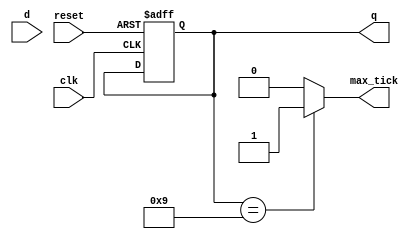
module mod_m_counter
	#(
	parameter N=4,
	parameter M=10
	)
	(
	input wire clk,reset,
	input wire [N-1:0] d,
	output wire [N-1:0] q,
	output wire max_tick
	);
	
	/* SIGNAL DECLARATIONS */
	reg [N-1:0] r_reg;
	wire [N-1:0] r_next;
	
	/*				 Body Begin			 */
	
	// Register
	always @ (posedge clk, posedge reset)
	begin
	if (reset)
		r_reg <= 0;
	else
		r_reg <= r_reg;
	end		
	// Next State Logic
	assign r_next = (r_reg == M-1) ? 0 : r_reg+1 ;
	
	
	// Output Logic
	assign q = r_reg;
	assign max_tick = (r_reg == M-1) ? 1'b1 : 1'b0;
	
	/*				 Body End			 */

endmodule